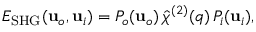
E _ { \mathrm { S H G } } ( \mathbf { u } _ { o } , \mathbf { u } _ { i } ) = P _ { o } ( \mathbf { u } _ { o } ) \, \hat { \chi } ^ { ( 2 ) } ( \v q ) \, P _ { i } ( \mathbf { u } _ { i } ) ,